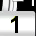
Digit: 1